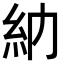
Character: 𥾔